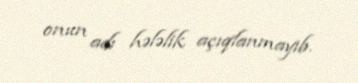
onun adı hələlik açıqlanmayıb.